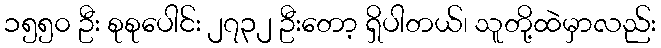
၁၅၅၀ ဦး စုစုပေါင်း ၂၇၃၂ ဦးတော့ ရှိပါတယ်၊ သူတို့ထဲမှာလည်း